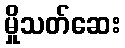
မှိုသတ်ဆေး